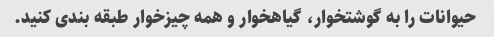
حیوانات را به گوشتخوار، گیاهخوار و همه چیزخوار طبقه بندی کنید.